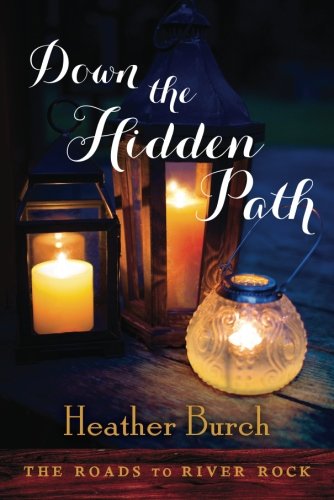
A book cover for Down the Hidden Path (The Roads to River Rock); Heather Burch; Romance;